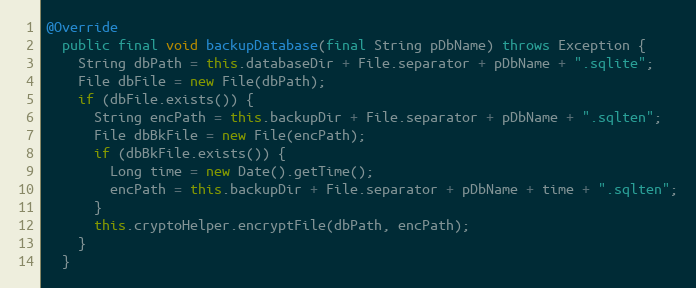
Language: Java
@Override
  public final void backupDatabase(final String pDbName) throws Exception {
    String dbPath = this.databaseDir + File.separator + pDbName + ".sqlite";
    File dbFile = new File(dbPath);
    if (dbFile.exists()) {
      String encPath = this.backupDir + File.separator + pDbName + ".sqlten";
      File dbBkFile = new File(encPath);
      if (dbBkFile.exists()) {
        Long time = new Date().getTime();
        encPath = this.backupDir + File.separator + pDbName + time + ".sqlten";
      }
      this.cryptoHelper.encryptFile(dbPath, encPath);
    }
  }